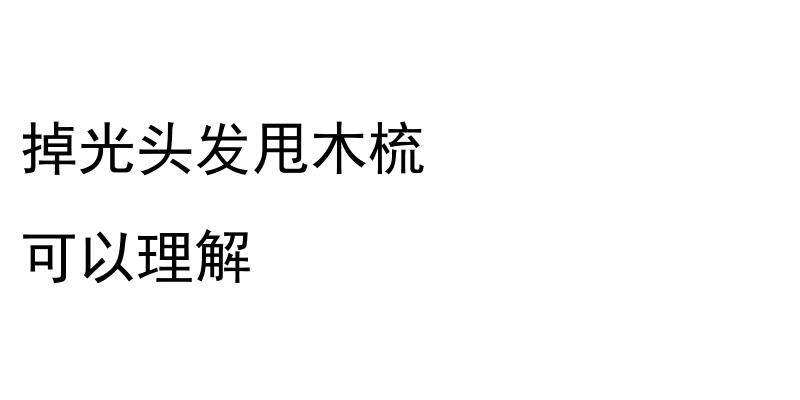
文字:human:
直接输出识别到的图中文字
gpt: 掉光头发甩木梳 可以理解